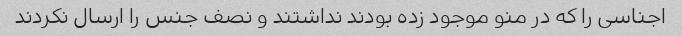
اجناسی را که در منو موجود زده بودند نداشتند و نصف جنس را ارسال نکردند